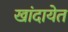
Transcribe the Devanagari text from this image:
खांदायेत